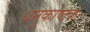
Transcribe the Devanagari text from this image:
धनुकोष्ठक